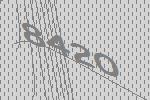
8420